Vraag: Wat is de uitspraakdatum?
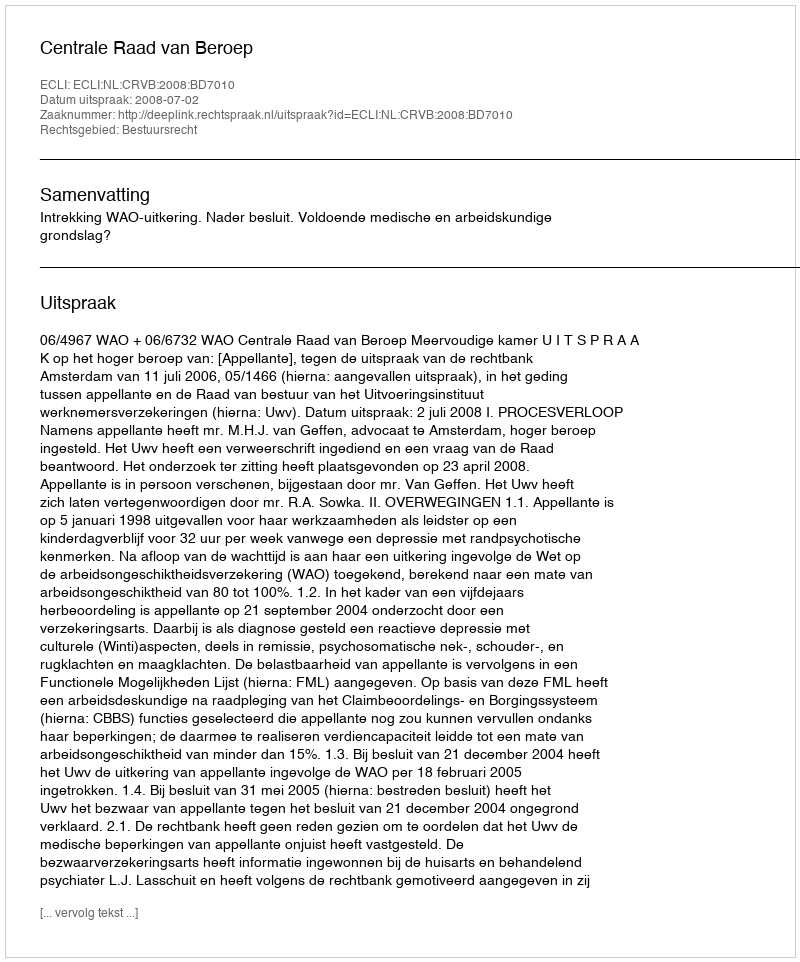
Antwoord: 2008-07-02